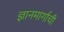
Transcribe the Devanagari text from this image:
ज्ञानमार्गाची